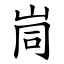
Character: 峝